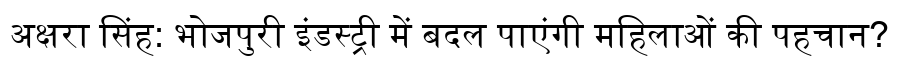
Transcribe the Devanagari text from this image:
अक्षरा सिंह: भोजपुरी इंडस्ट्री में बदल पाएंगी महिलाओं की पहचान?